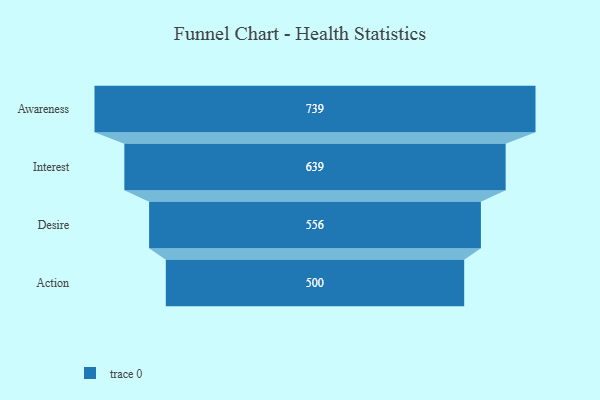
{"axis": {"x": "Stage", "y": "Value"}, "legend": [""], "data": [{"x": "Awareness", "y": 739.0, "type": ""}, {"x": "Interest", "y": 639.0, "type": ""}, {"x": "Desire", "y": 556.0, "type": ""}, {"x": "Action", "y": 500, "type": ""}]}